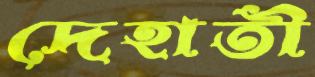
দেহাতী